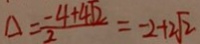
\Delta = \frac { - 4 + 4 \sqrt { 2 } } { 2 } = - 2 + 2 \sqrt { 2 }